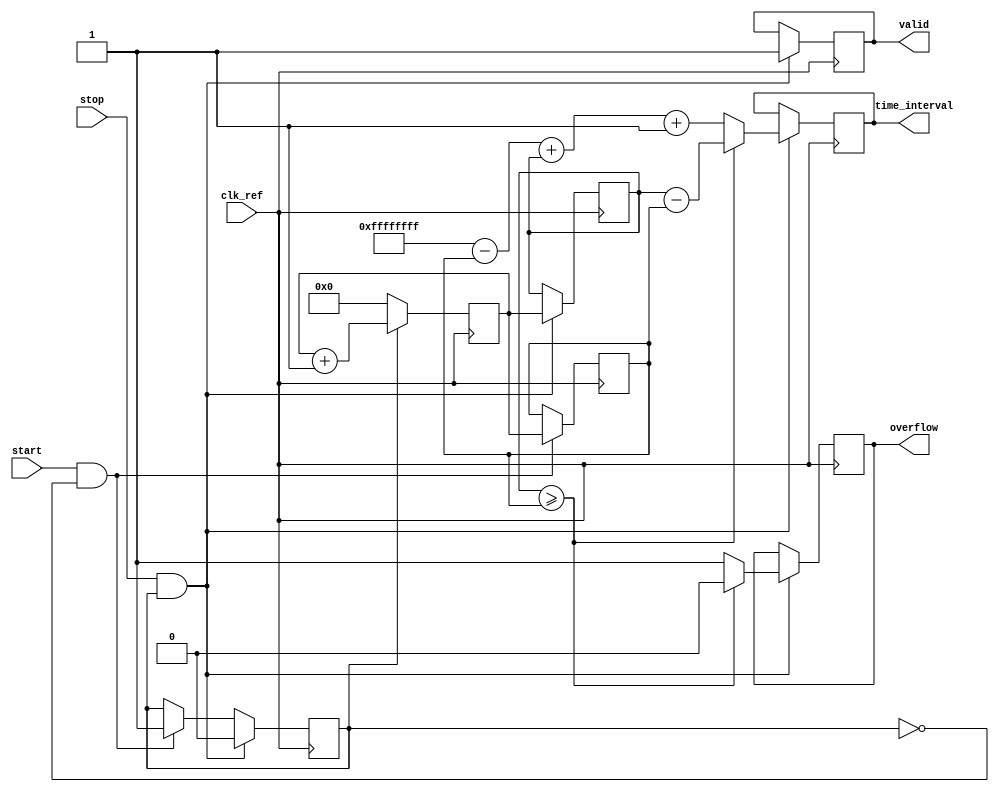
module synchronized_tdc (
    input wire clk_ref,
    input wire start,
    input wire stop,
    output reg [31:0] time_interval,
    output reg valid,
    output reg overflow
);

    reg [31:0] counter;
    reg [31:0] start_value;
    reg [31:0] stop_value;
    reg measuring;
    reg [31:0] memory [0:15]; // Example: dual-port memory for storing up to 16 intervals
    reg [3:0] mem_addr;
    
    // Counter logic
    always @(posedge clk_ref) begin
        if (measuring) begin
            counter <= counter + 1;
        end
        
        // Reset counter if measuring is not active
        if (!measuring) begin
            counter <= 0;
        end
    end

    // State machine for start and stop signals
    always @(posedge clk_ref) begin
        if (start && !measuring) begin
            measuring <= 1;
            start_value <= counter;
        end
        
        if (stop && measuring) begin
            measuring <= 0;
            stop_value <= counter;

            // Calculate time interval
            if (stop_value >= start_value) begin
                time_interval <= stop_value - start_value;
                valid <= 1;
                overflow <= 0;
            end else begin
                // Handle overflow (assuming counter wraps around)
                time_interval <= (32'hFFFFFFFF - start_value) + stop_value + 1;
                valid <= 1;
                overflow <= 1;
            end
            
            // Store the time interval in memory
            memory[mem_addr] <= time_interval;
            mem_addr <= mem_addr + 1; // Increment memory address for storage
            if (mem_addr == 15) mem_addr <= 0; // Wrap around memory address
        end
    end

    // Initialize outputs
    initial begin
        time_interval = 0;
        valid = 0;
        overflow = 0;
        mem_addr = 0;
        measuring = 0;
    end

endmodule